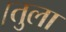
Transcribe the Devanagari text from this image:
।तुला